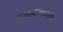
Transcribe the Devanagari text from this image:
गुआदालकिविर